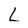
Character: L